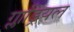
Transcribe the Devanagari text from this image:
ग्लाड्रियल